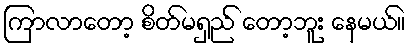
ကြာလာတော့ စိတ်မရှည် တော့ဘူး နေမယ်။